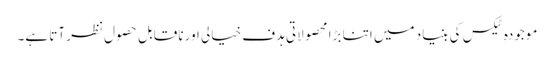
موجودہ ٹیکس کی بنیاد میں اتنا بڑا محصولاتی ہدف خیالی اور ناقابل حصول نظر آتا ہے۔